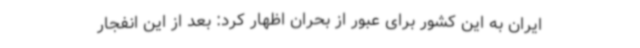
ایران به این کشور برای عبور از بحران اظهار کرد: بعد از این انفجار